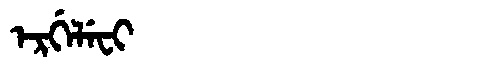
Manchu: ᡝᡵᡤᡝᠯᡝᠸᡳ
Romanization: ERGELEFI